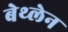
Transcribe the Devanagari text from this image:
बेथ्लेन